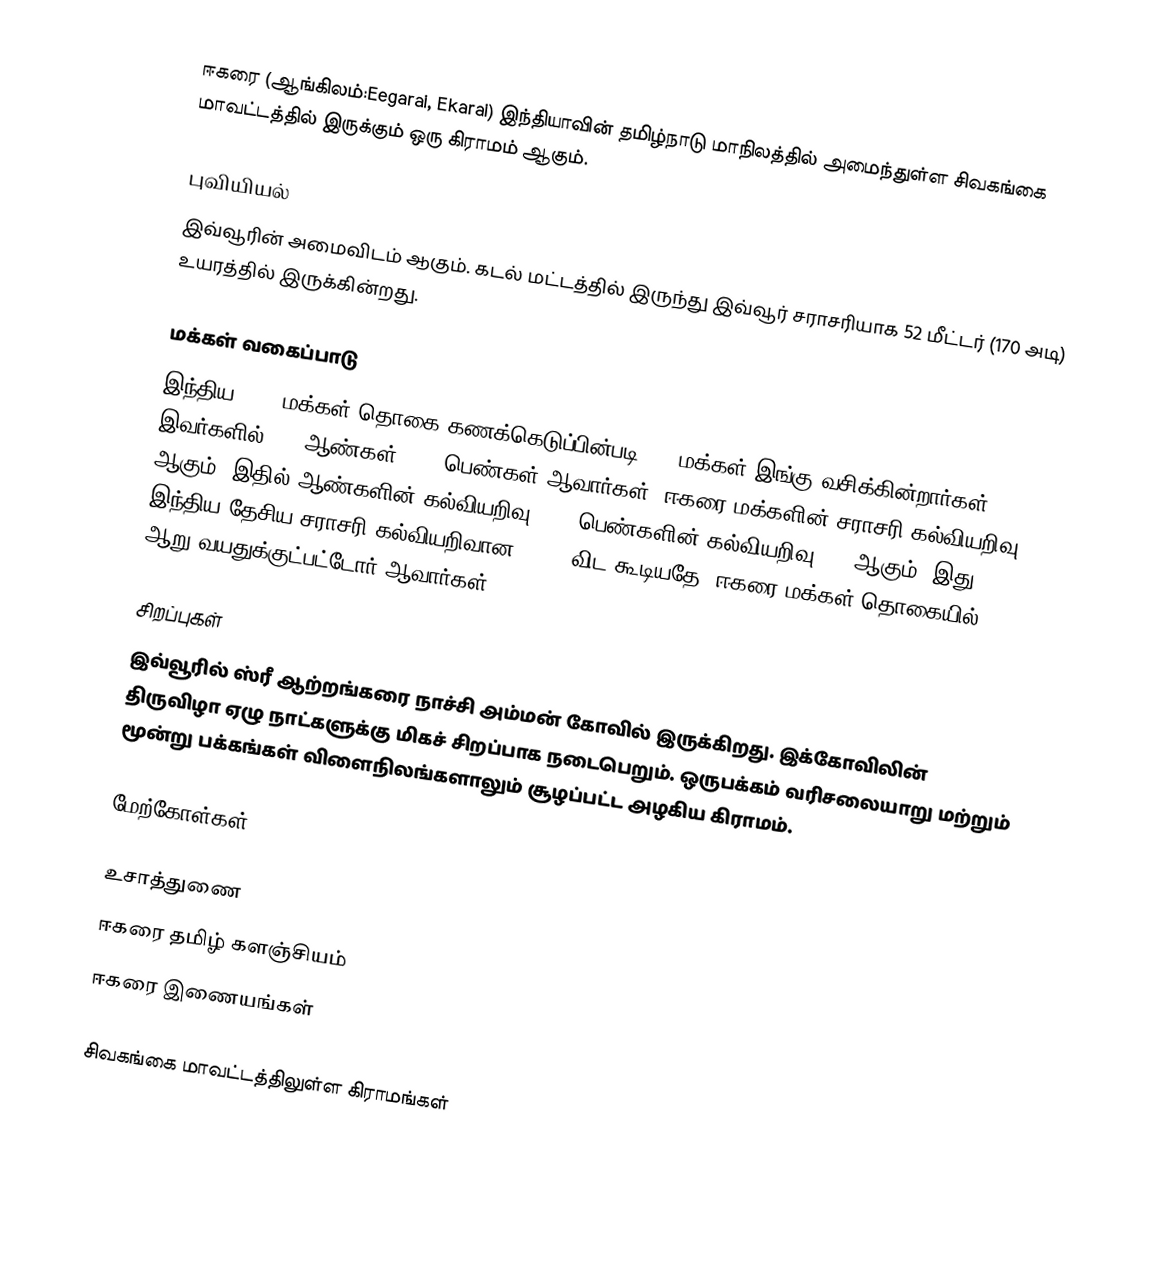
ஈகரை (ஆங்கிலம்:Eegarai, Ekarai) இந்தியாவின் தமிழ்நாடு மாநிலத்தில் அமைந்துள்ள சிவகங்கை மாவட்டத்தில் இருக்கும் ஒரு கிராமம் ஆகும்.

புவியியல்
இவ்வூரின் அமைவிடம்  ஆகும். கடல் மட்டத்தில் இருந்து இவ்வூர் சராசரியாக 52 மீட்டர் (170 அடி) உயரத்தில் இருக்கின்றது.

மக்கள் வகைப்பாடு
இந்திய 2001 மக்கள் தொகை கணக்கெடுப்பின்படி 520 மக்கள் இங்கு வசிக்கின்றார்கள். இவர்களில் 49% ஆண்கள், 51% பெண்கள் ஆவார்கள். ஈகரை மக்களின் சராசரி கல்வியறிவு 80% ஆகும்,  இதில் ஆண்களின் கல்வியறிவு 85%,  பெண்களின் கல்வியறிவு 75% ஆகும். இது இந்திய தேசிய சராசரி கல்வியறிவான 59.5% விட கூடியதே. ஈகரை மக்கள் தொகையில் 10%  ஆறு வயதுக்குட்பட்டோர் ஆவார்கள்.

சிறப்புகள்
இவ்வூரில் ஸ்ரீ ஆற்றங்கரை நாச்சி அம்மன் கோவில் இருக்கிறது. இக்கோவிலின் திருவிழா ஏழு நாட்களுக்கு மிகச் சிறப்பாக நடைபெறும். ஒருபக்கம் வரிசலையாறு மற்றும் மூன்று பக்கங்கள் விளைநிலங்களாலும் சூழப்பட்ட அழகிய கிராமம்.

மேற்கோள்கள்

உசாத்துணை
ஈகரை தமிழ் களஞ்சியம்
ஈகரை இணையங்கள்

சிவகங்கை மாவட்டத்திலுள்ள கிராமங்கள்